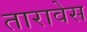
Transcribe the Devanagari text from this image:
तारावेस